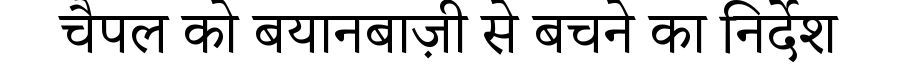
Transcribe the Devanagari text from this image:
चैपल को बयानबाज़ी से बचने का निर्देश